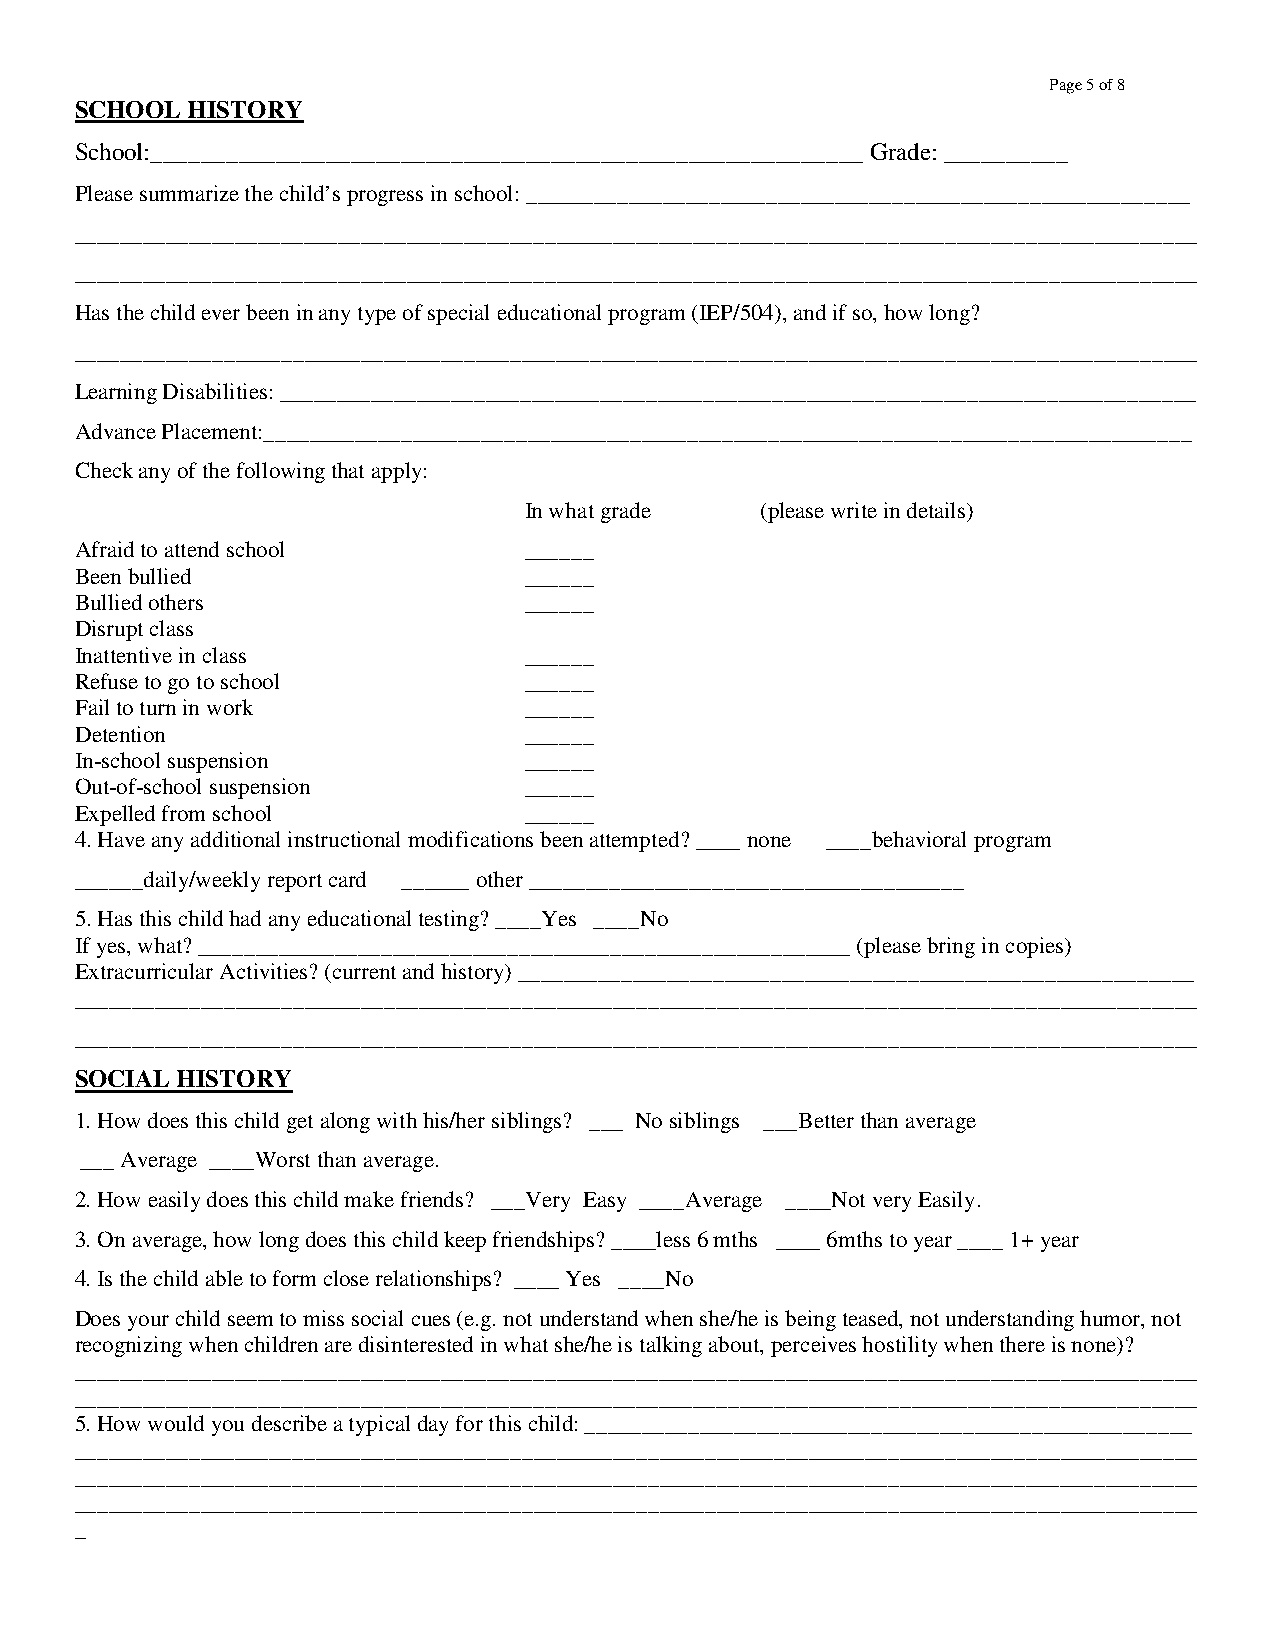
Page 5 of 8
 SCHOOL HISTORY
 School:_________________________________________________________ Grade: __________
 Please summarize the child’s progress in school: __________________________________________________________
 __________________________________________________________________________________________________
 __________________________________________________________________________________________________
 Has the child ever been in any type of special educational program (IEP/504), and if so, how long?
 __________________________________________________________________________________________________
 Learning Disabilities: ________________________________________________________________________________
 Advance Placement:_________________________________________________________________________________
 Check any of the following that apply:
 In what grade  (please write in details)
 Afraid to attend school       ______
 Been bullied                  ______
 Bullied others                ______
 Disrupt class
 Inattentive in class          ______
 Refuse to go to school        ______
 Fail to turn in work          ______
 Detention                     ______
 In-school suspension          ______
 Out-of-school suspension      ______
 Expelled from school          ______
 4.Have any additional instructional modifications been attempted? ____ none ____behavioral program
 ______daily/weekly report card ______ other ______________________________________
 5.Has this child had any educational testing? ____Yes ____No
 If yes, what? _________________________________________________________ (please bring in copies)
 Extracurricular Activities? (current and history) ___________________________________________________________
 __________________________________________________________________________________________________
 __________________________________________________________________________________________________
 SOCIAL HISTORY
 1.How does this child get along with his/her siblings? ___ No siblings ___Better than average
 ___ Average ____Worst than average.
 2.How easily does this child make friends? ___Very Easy ____Average ____Not very Easily.
 3.On average, how long does this child keep friendships? ____less 6 mths ____ 6mths to year ____ 1+ year
 4.Is the child able to form close relationships? ____ Yes ____No
 Does your child seem to miss social cues (e.g. not understand when she/he is being teased, not understanding humor, not
 recognizing when children are disinterested in what she/he is talking about, perceives hostility when there is none)?
 __________________________________________________________________________________________________
 __________________________________________________________________________________________________
 5.How would you describe a typical day for this child: _____________________________________________________
 __________________________________________________________________________________________________
 __________________________________________________________________________________________________
 __________________________________________________________________________________________________
 _